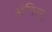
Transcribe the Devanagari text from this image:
अंगिरस्‌